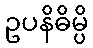
ဥပနိဓိမ္ပိ